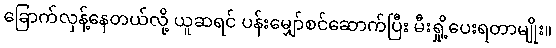
ခြောက်လှန့်နေတယ်လို့ ယူဆရင် ပန်းမျှော်စင်ဆောက်ပြီး မီးရှို့ပေးရတာမျိုး။